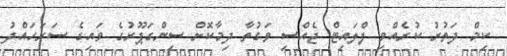
ކިމް ދަތުރު ކުރެއްވި ފްލައިޓް ޖެއްސި ވަގުތާ ދިމާކޮށް ސިންގަޕޫރުގެ ވައިގެ ސަރަހައްދު